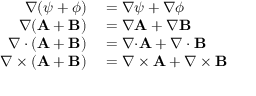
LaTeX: \begin{array} { r l } { \nabla ( \psi + \phi ) } & { { } = \nabla \psi + \nabla \phi } \\ { \nabla ( \mathbf { A } + \mathbf { B } ) } & { { } = \nabla \mathbf { A } + \nabla \mathbf { B } } \\ { \nabla \cdot ( \mathbf { A } + \mathbf { B } ) } & { { } = \nabla { \cdot } \mathbf { A } + \nabla \cdot \mathbf { B } } \\ { \nabla \times ( \mathbf { A } + \mathbf { B } ) } & { { } = \nabla \times \mathbf { A } + \nabla \times \mathbf { B } } \end{array}